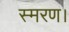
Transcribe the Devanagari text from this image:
स्मरण।